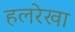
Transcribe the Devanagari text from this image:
हलरेखा